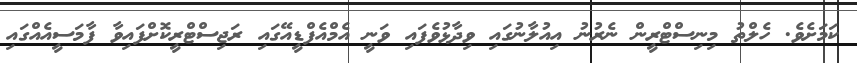
ކަމަށެވެ. ހެލްތު މިނިސްޓްރީން ނެރުނު އިއުލާނުގައި ވިދާޅުވެފައި ވަނީ އެމްއެފްޑީއޭގައި ރަޖިސްޓްރީކޮށްފައިވާ ފާމަސީއެއްގައި